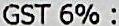
GST 6% :